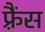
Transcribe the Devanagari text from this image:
फ़्रैंस